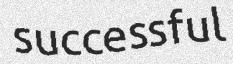
successful